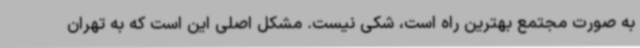
به صورت مجتمع بهترین راه است، شکی نیست. مشکل اصلی این است که به تهران